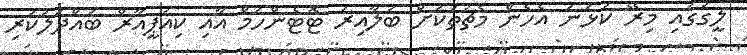
ލީގުގައި މިރޭ ކުޅުނު އެހެން މެޗުތަކަށް ބަލާއިރު ޓޮޓެންހަމް އާއި ކިއުޕީއާރް ބައްދަލުކުރި